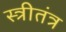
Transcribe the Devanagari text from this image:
स्त्रीतंत्र